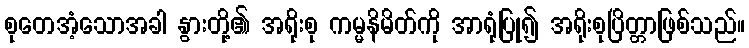
စုတေအံ့သောအခါ နွားတို့၏ အရိုးစု ကမ္မနိမိတ်ကို အာရုံပြု၍ အရိုးစုပြိတ္တာဖြစ်သည်။